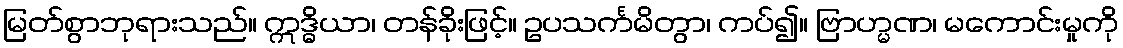
မြတ်စွာဘုရားသည်။ ဣဒ္ဓိယာ၊ တန်ခိုးဖြင့်။ ဥပသင်္ကမိတွာ၊ ကပ်၍။ ဗြာဟ္မဏ၊ မကောင်းမှုကို